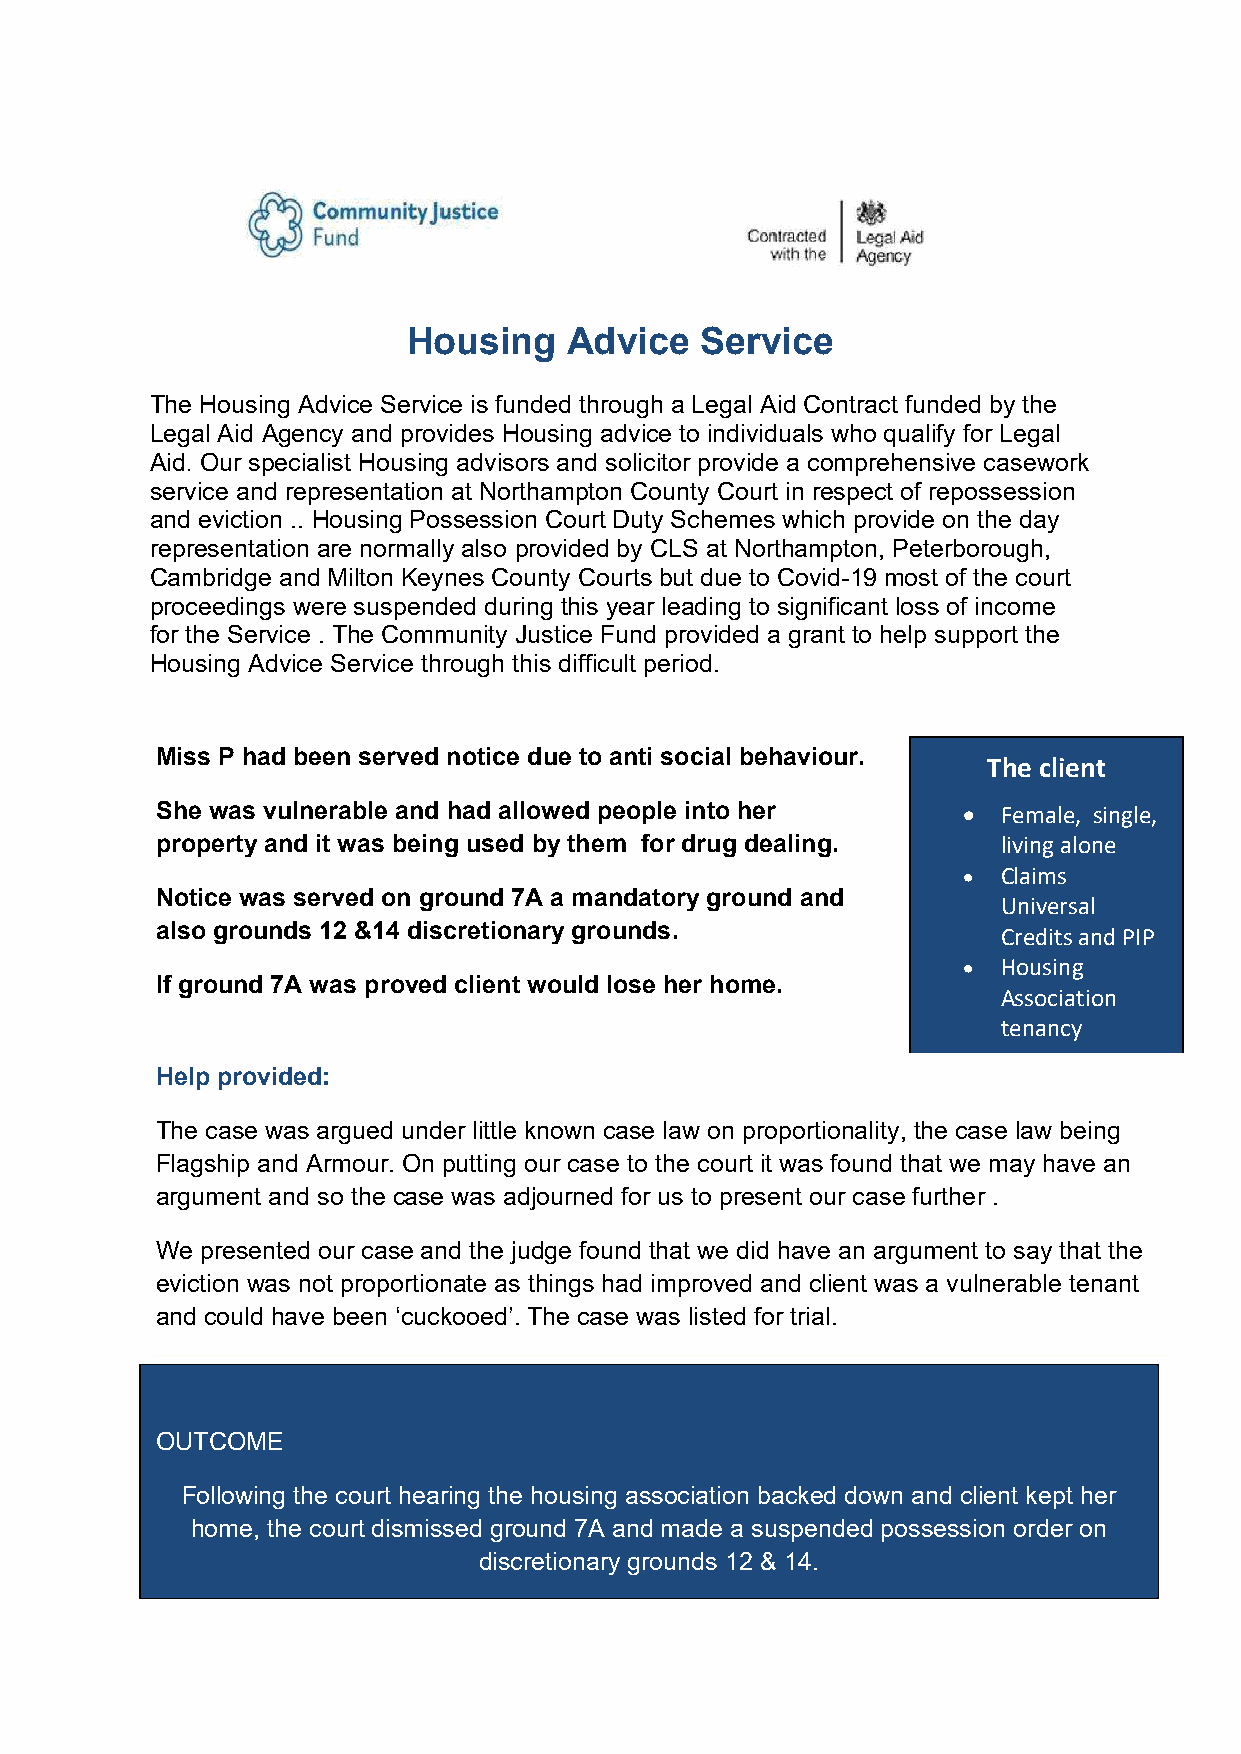
Housing    Advice  Service
 The Housing Advice Service is funded through a Legal Aid Contract funded by the
 Legal Aid Agency and provides Housing advice to individuals who qualify for Legal
 Aid. Our specialist Housing advisors and solicitor provide a comprehensive casework
 service and representation at Northampton County Court in respect of repossession
 and eviction .. Housing Possession Court Duty Schemes which provide on the day
 representation are normally also provided by CLS at Northampton, Peterborough,
 Cambridge and Milton Keynes County Courts but due to Covid-19 most of the court
 proceedings were suspended during this year leading to significant loss of income
 for the Service . The Community Justice Fund provided a grant to help support the
 Housing Advice Service through this difficult period.
 Miss P had been served notice due to anti social behaviour.
 The client
 She was vulnerable and had allowed people into her     Female, single,
 property and it was being used by them for drug dealing. living alone
  Claims
 Notice was served on ground 7A a mandatory ground and
 Universal
 also grounds 12 &14 discretionary grounds.
 Credits and PIP
  Housing
 If ground 7A was proved client would lose her home.
 Association
 tenancy
 Help provided:
 The case was argued under little known case law on proportionality, the case law being
 Flagship and Armour. On putting our case to the court it was found that we may have an
 argument and so the case was adjourned for us to present our case further .
 We presented our case and the judge found that we did have an argument to say that the
 eviction was not proportionate as things had improved and client was a vulnerable tenant
 and could have been ‘cuckooed’. The case was listed for trial.
 OUTCOME
 Following the court hearing the housing association backed down and client kept her
 home, the court dismissed ground 7A and made a suspended possession order on
 discretionary grounds 12 & 14.